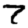
Digit: 7